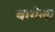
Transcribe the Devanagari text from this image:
बागेला